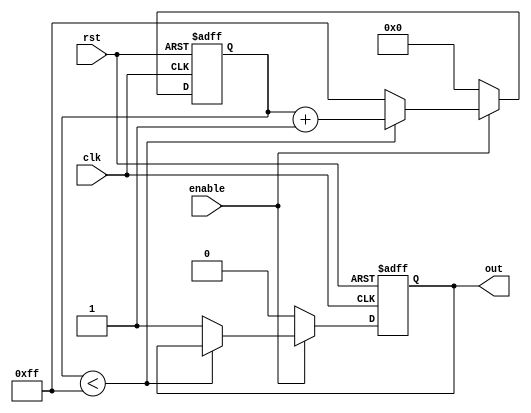
module RC_Delay (
    input clk,
    input rst,
    input enable,
    output reg out
);

reg [7:0] delay_count;

always @ (posedge clk or posedge rst) begin
    if (rst) begin
        delay_count <= 8'b0;
        out <= 1'b0;
    end else begin
        if (enable) begin
            if (delay_count < 8'hFF) begin
                delay_count <= delay_count + 1;
            end else begin
                delay_count <= 8'hFF;
                out <= 1'b1;
            end
        end else begin
            delay_count <= 8'b0;
            out <= 1'b0;
        end
    end
end

endmodule